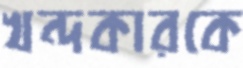
খন্দকারকে